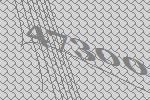
47300